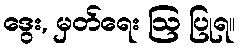
ဒွေး, မှတ်ရေး ဩ ပြုရ။